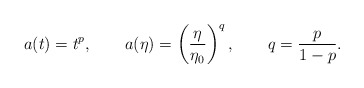
\begin{align*}a(t) = t^p, \qquad a(\eta) = \left(\frac{\eta}{\eta_0}\right)^q, \qquad q= \frac{p}{1-p}.\end{align*}